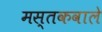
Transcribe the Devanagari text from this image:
मस्तकवाले